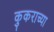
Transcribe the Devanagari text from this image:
कुकराच्या